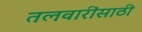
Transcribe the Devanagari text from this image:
तलवारींसाठी